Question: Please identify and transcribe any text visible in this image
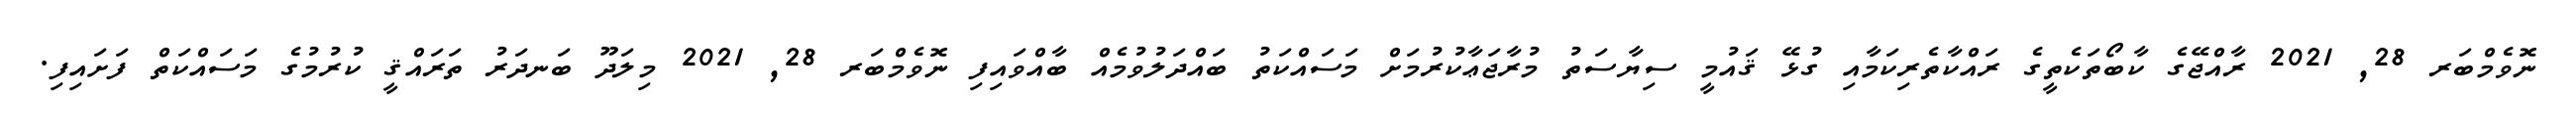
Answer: ނޮވެމްބަރ 28, 2021 ރާއްޖޭގެ ކާބޯތަކެތީގެ ރައްކާތެރިކަމާއި ގުޅޭ ޤައުމީ ސިޔާސަތު މުރާޖަޢާކުރުމަށް މަސައްކަތު ބައްދަލުވުމެއް ބާއްވައިފި ނޮވެމްބަރ 28, 2021 މިލަދޫ ބަނދަރު ތަރައްޤީ ކުރުމުގެ މަސައްކަތް ފަށައިފި.